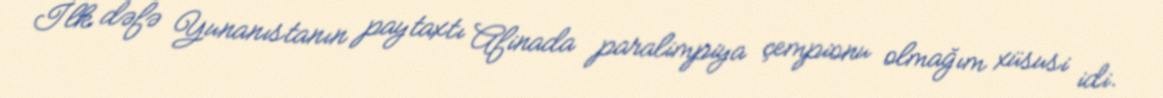
İlk dəfə Yunanıstanın paytaxtı Afinada paralimpiya çempionu olmağım xüsusi idi.